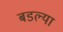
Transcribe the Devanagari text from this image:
बडल्या